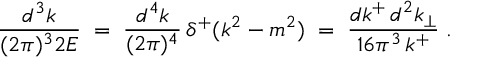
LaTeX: \frac { d ^ { 3 } k } { ( 2 \pi ) ^ { 3 } 2 E } \; = \; \frac { d ^ { 4 } k } { ( 2 \pi ) ^ { 4 } } \, \delta ^ { + } ( k ^ { 2 } - m ^ { 2 } ) \; = \; \frac { d k ^ { + } \, d ^ { 2 } k _ { \perp } } { 1 6 \pi ^ { 3 } \, k ^ { + } } \; .